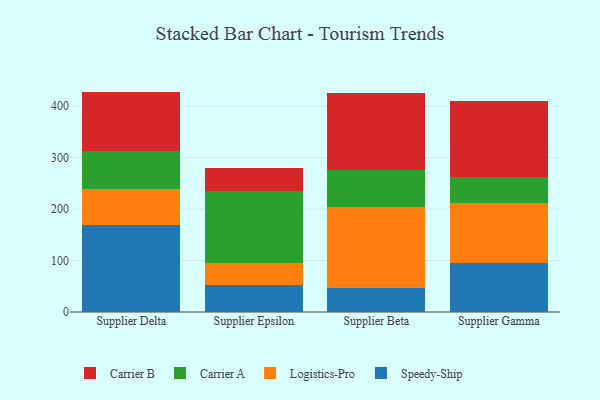
{"axis": {"x": "Supplier", "y": "Energy Usage (MWh)"}, "legend": ["Carrier A", "Carrier B", "Logistics-Pro", "Speedy-Ship"], "data": [{"x": "Supplier Delta", "y": 170.0, "type": "Speedy-Ship"}, {"x": "Supplier Delta", "y": 69.5, "type": "Logistics-Pro"}, {"x": "Supplier Delta", "y": 72.8, "type": "Carrier A"}, {"x": "Supplier Delta", "y": 115.9, "type": "Carrier B"}, {"x": "Supplier Epsilon", "y": 52.6, "type": "Speedy-Ship"}, {"x": "Supplier Epsilon", "y": 42.7, "type": "Logistics-Pro"}, {"x": "Supplier Epsilon", "y": 139.6, "type": "Carrier A"}, {"x": "Supplier Epsilon", "y": 44.8, "type": "Carrier B"}, {"x": "Supplier Beta", "y": 46.1, "type": "Speedy-Ship"}, {"x": "Supplier Beta", "y": 157.0, "type": "Logistics-Pro"}, {"x": "Supplier Beta", "y": 73.0, "type": "Carrier A"}, {"x": "Supplier Beta", "y": 149.5, "type": "Carrier B"}, {"x": "Supplier Gamma", "y": 94.9, "type": "Speedy-Ship"}, {"x": "Supplier Gamma", "y": 116.9, "type": "Logistics-Pro"}, {"x": "Supplier Gamma", "y": 50.0, "type": "Carrier A"}, {"x": "Supplier Gamma", "y": 147.6, "type": "Carrier B"}]}